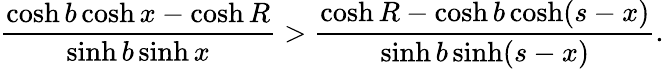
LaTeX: \frac{\cosh b\cosh x-\cosh R}{\sinh b\sinh x}>\frac{\cosh R-\cosh b\cosh(s-x)}{\sinh b\sinh(s-x)}.